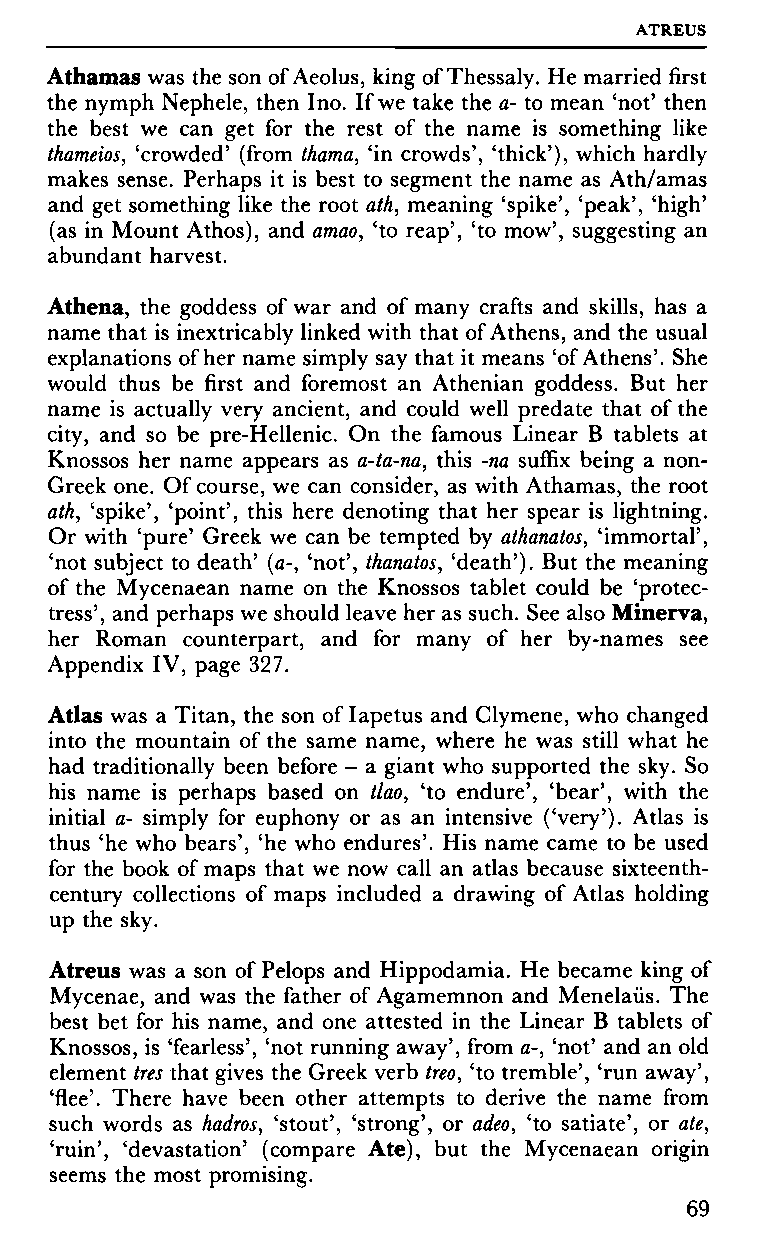
ATREUS
 Athamas was the son of Aeolus, king of Thessaly. He married first
 the nymph Nephele, then Ino. If we take the a- to mean 'not' then
 the best we can get for the rest of the name is something like
 thameios, 'crowded' (from thama, 'in crowds', 'thick'), which hardly
 makes sense. Perhaps it is best to segment the name as Ath/amas
 and get something like the root ath, meaning 'spike', 'peak', 'high'
 (as in Mount Athos), and amao, 'to reap', 'to mow', suggesting an
 abundant harvest.
 Athena, the goddess of war and of many crafts and skills, has a
 name that is inextricably linked with that of Athens, and the usual
 explanations of her name simply say that it means 'of Athens'. She
 would thus be first and foremost an Athenian goddess. But her
 name is actually very ancient, and could well predate that of the
 city, and so be pre-Hellenic. On the famous Linear Β tablets at
 Knossos her name appears as a-ta-na, this -na suffix being a non-
 Greek one. Of course, we can consider, as with Athamas, the root
 ath, 'spike', 'point', this here denoting that her spear is lightning.
 Or with 'pure' Greek we can be tempted by athanatos, 'immortal',
 'not subject to death' (a-, 'not', thanatos, 'death'). But the meaning
 of the Mycenaean name on the Knossos tablet could be 'protec­
 tress', and perhaps we should leave her as such. See also Minerva,
 her Roman counterpart, and for many of her by-names see
 Appendix IV, page 327.
 Atlas was a Titan, the son of Iapetus and Clymene, who changed
 into the mountain of the same name, where he was still what he
 had traditionally been before - a giant who supported the sky. So
 his name is perhaps based on tlao, 'to endure', 'bear', with the
 initial a- simply for euphony or as an intensive ('very'). Atlas is
 thus 'he who bears', 'he who endures'. His name came to be used
 for the book of maps that we now call an atlas because sixteenth-
 century collections of maps included a drawing of Atlas holding
 up the sky.
 Atreus was a son of Pelops and Hippodamia. He became king of
 Mycenae, and was the father of Agamemnon and Menelaüs. The
 best bet for his name, and one attested in the Linear Β tablets of
 Knossos, is 'fearless', 'not running away', from a-, 'not' and an old
 element très that gives the Greek verb treo, 'to tremble', 'run away',
 'flee'. There have been other attempts to derive the name from
 such words as hadros, 'stout', 'strong', or adeo, 'to satiate', or ate,
 'ruin', 'devastation' (compare Ate), but the Mycenaean origin
 seems the most promising.
 69